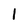
Character: 1